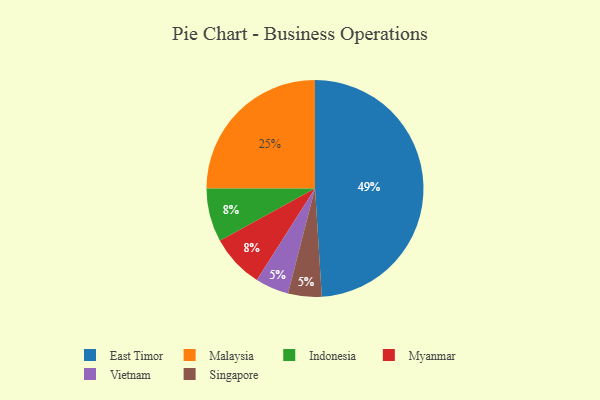
{"axis": {"x": "Category", "y": "Percentage"}, "legend": ["East Timor", "Indonesia", "Malaysia", "Myanmar", "Singapore", "Vietnam"], "data": [{"x": "East Timor", "y": 49, "type": "East Timor"}, {"x": "Indonesia", "y": 8, "type": "Indonesia"}, {"x": "Vietnam", "y": 5, "type": "Vietnam"}, {"x": "Myanmar", "y": 8, "type": "Myanmar"}, {"x": "Singapore", "y": 5, "type": "Singapore"}, {"x": "Malaysia", "y": 25, "type": "Malaysia"}]}